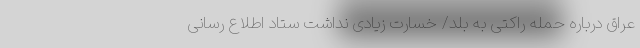
عراق درباره حمله راکتی به بلد/ خسارت زیادی نداشت ستاد اطلاع رسانی